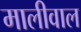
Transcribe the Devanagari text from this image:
मालीवाल